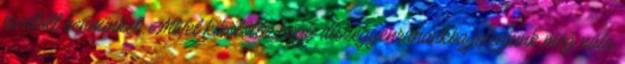
hívatott bennünket. Mivel kikötötte, hogy díszegyenruhánkba jelenjünk meg nála